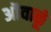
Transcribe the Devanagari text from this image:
ओंवाळूं